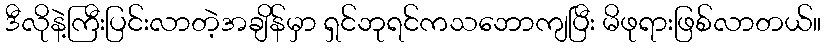
ဒီလိုနဲ့ကြီးပြင်းလာတဲ့အချိန်မှာ ရှင်ဘုရင်ကသဘောကျပြီး မိဖုရားဖြစ်လာတယ်။